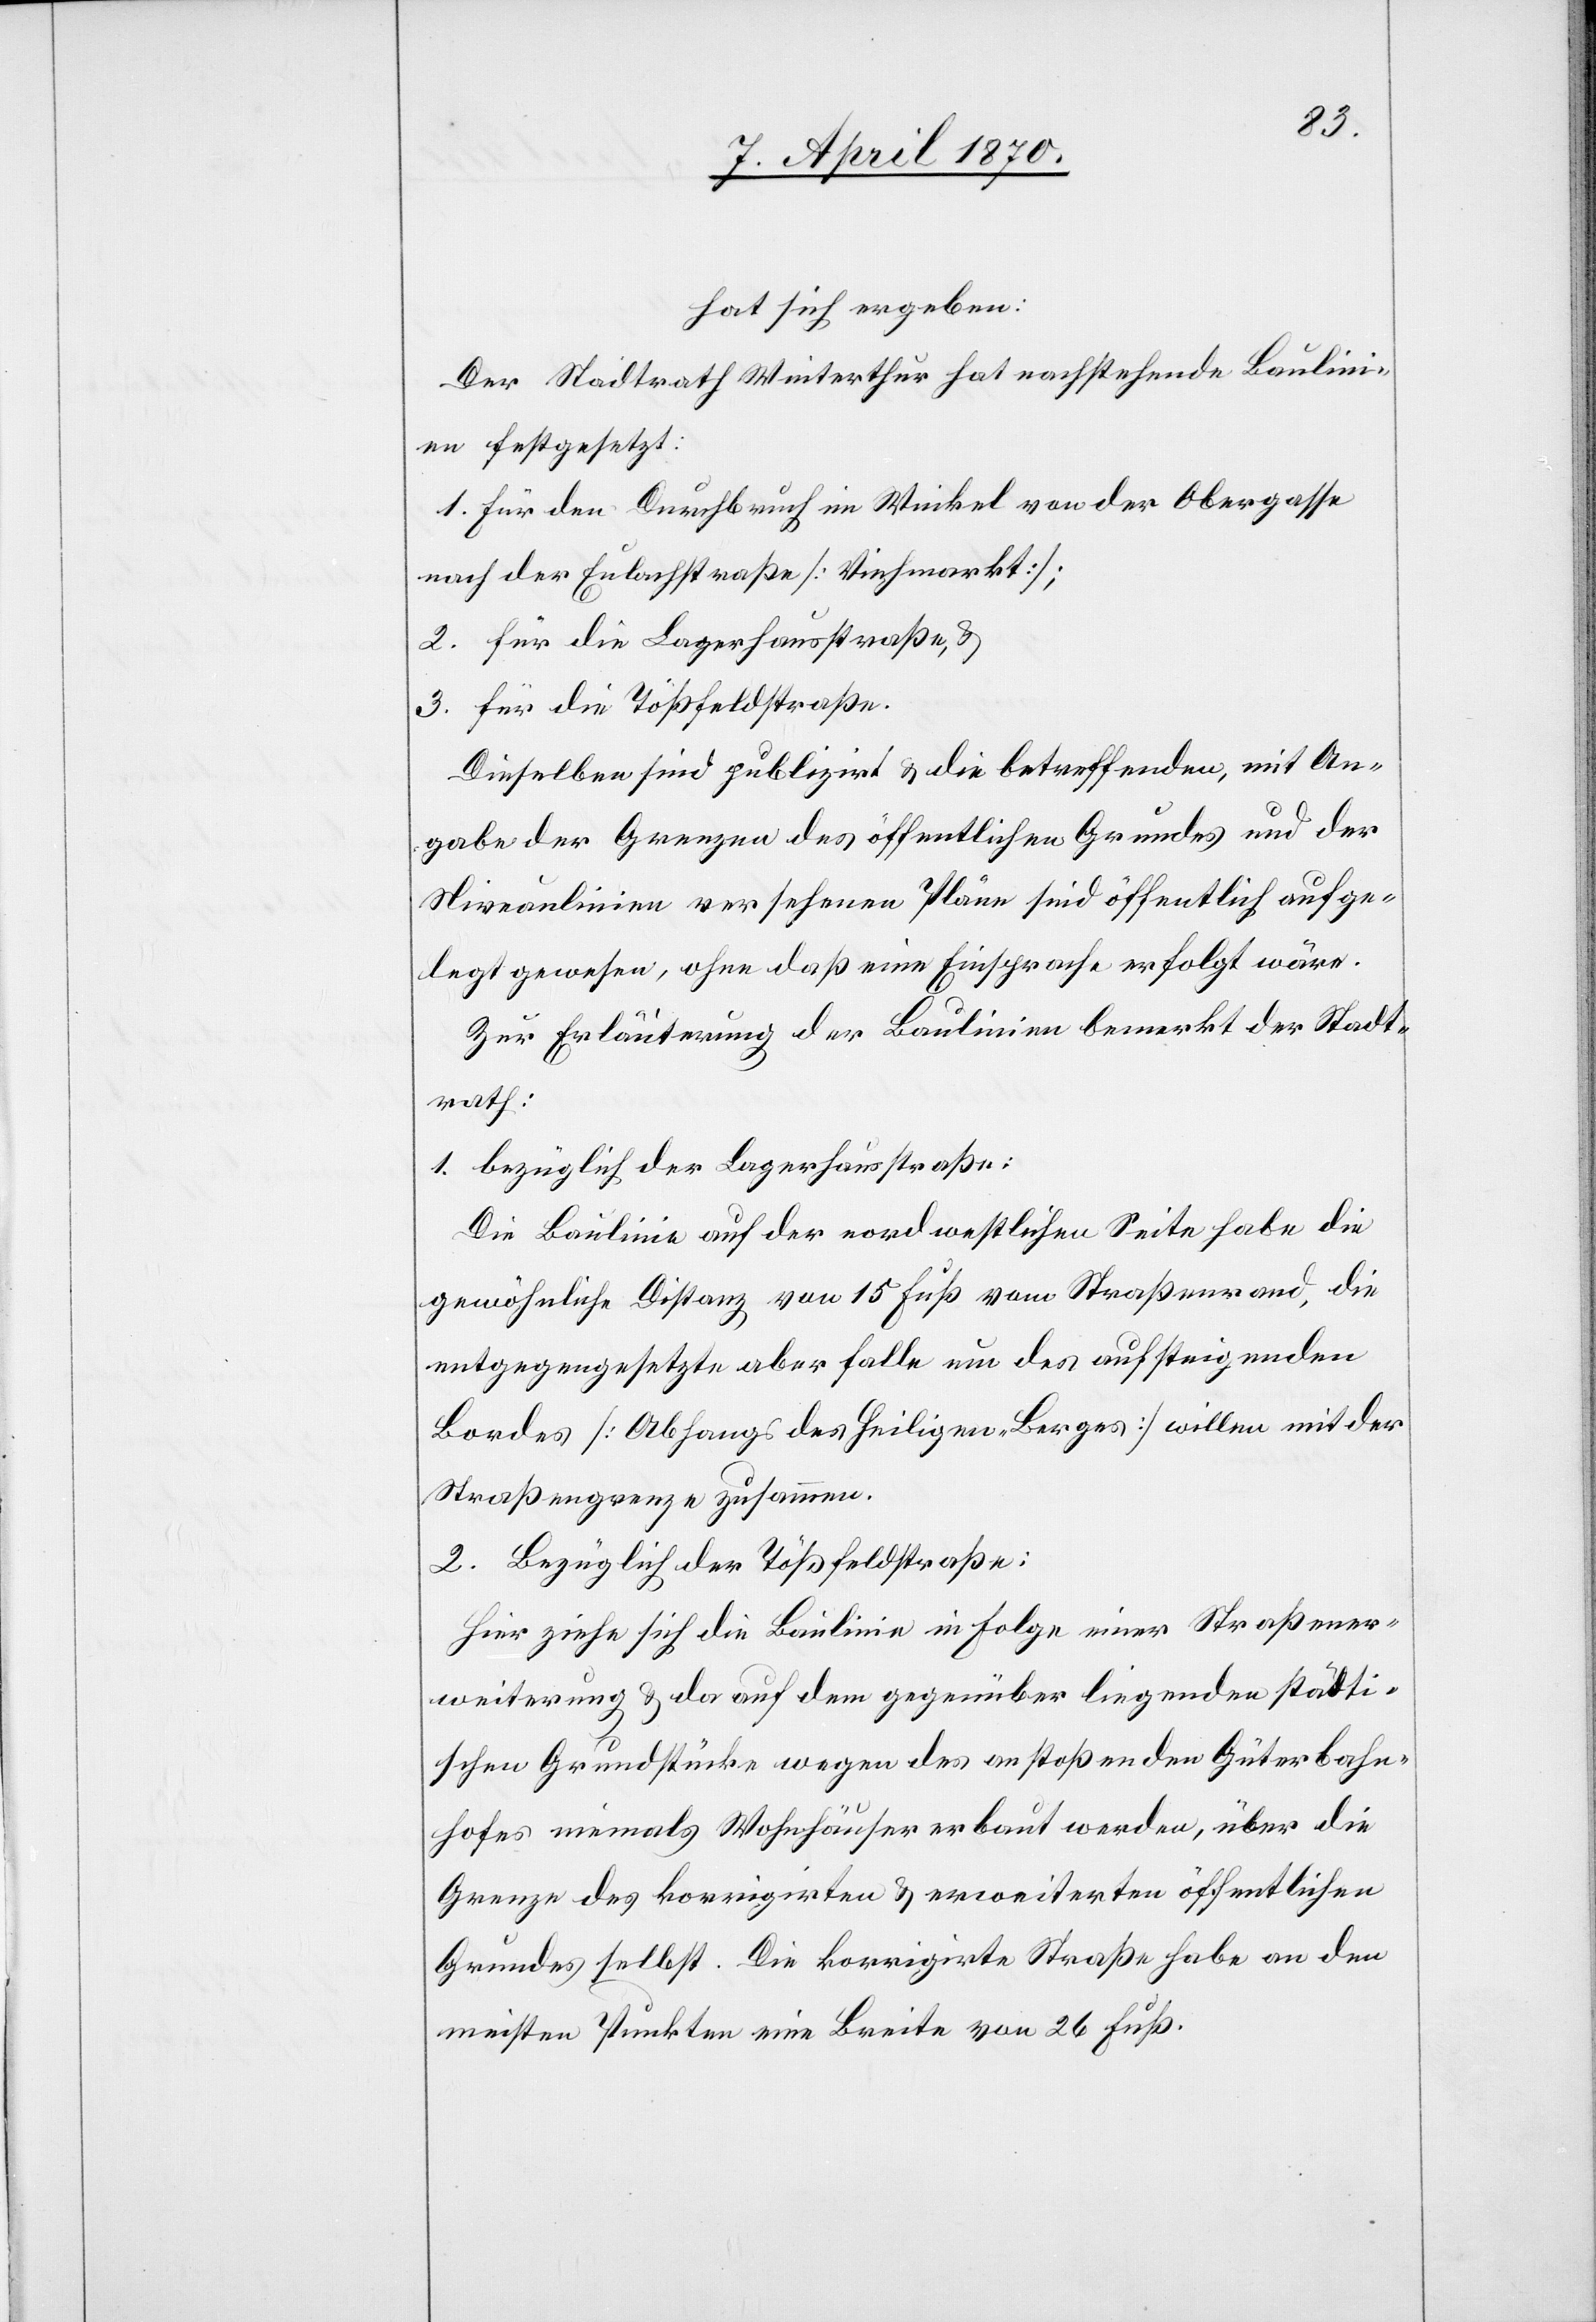
hat sich ergeben:
Der Stadtrath Winterthur hat nachstehende Baulini¬
en festgesetzt:
1. Für den Durchbruch im Winkel von der Obergasse
nach der Eulachstraße [Viehmarkt];
2. für die Lagerhausstraße, &
3. für die Tößfeldstraße.
Dieselben sind publizirt & die betreffenden, mit An¬
gabe der Grenzen des öffentlichen Grundes und der
Niveaulinien versehenen Pläne sind öffentlich aufge¬
legt gewesen, ohne daß eine Einsprache erfolgt wäre.
Zur Erläuterung der Baulinien bemerkt der Stadt¬
rath:
1. Bezüglich der Lagerhausstraße:
Die Baulinie auf der nordwestlichen Seite habe die
gewöhnliche Distanz von 15 Fuß vom Straßenrand, die
entgegengesetzte aber falle um des aufsteigenden
Bordes [Abhangs des Heiligen-Berges] willen mit der
Straßengrenze zusammen.
2. Bezüglich der Tößfeldstraße:
Hier ziehe sich die Baulinie in Folge einer Straßener¬
weiterung & darauf dem gegenüber liegenden städti¬
schen Grundstücke wegen des anstoßenden Güterbahn¬
hofes niemals Wohnhäuser erbaut werden, über die
Grenze des korrigirten & erweiterten öffentlichen
Grundes selbst. Die korrigirte Straße habe an den
meisten Punkten eine Breite von 26 Fuß.